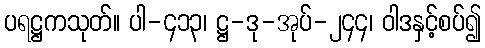
ပရဋ္ဌကသုတ်။ ပါ-၄၁၃၊ ဋ္ဌ-ဒု-အုပ်-၂၄၄၊ ဝါဒနှင့်စပ်၍